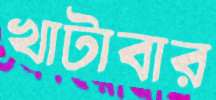
খাটাবার